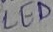
Text: LED